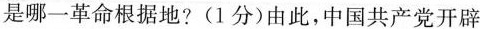
是哪一革命根据地？(1分)由此，中国共产党开辟